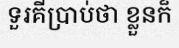
ទួរគីប្រាប់ថា ខ្លួនក៏